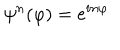
\psi ^ { n } ( \varphi ) = e ^ { i n \varphi }